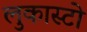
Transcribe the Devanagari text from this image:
लुकास्टो